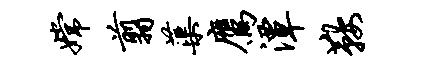
嫦翦蕖鹰潭鞍